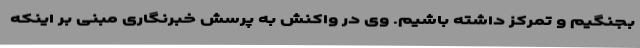
بجنگیم و تمرکز داشته باشیم. وی در واکنش به پرسش خبرنگاری مبنی بر اینکه